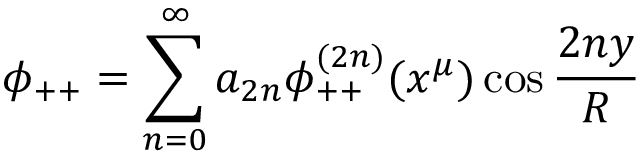
\phi _ { + + } = \sum _ { n = 0 } ^ { \infty } a _ { 2 n } \phi _ { + + } ^ { ( 2 n ) } ( x ^ { \mu } ) \cos \frac { 2 n y } { R }